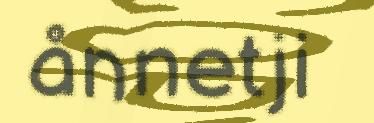
ånnetji